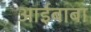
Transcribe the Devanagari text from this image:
आईबाबा